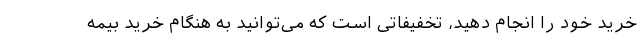
خرید خود را انجام دهید، تخفیفاتی است که می‌توانید به هنگام خرید بیمه